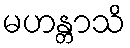
မဟန္တာသိ